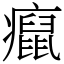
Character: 癙